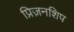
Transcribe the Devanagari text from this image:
प्रिज़नशिप